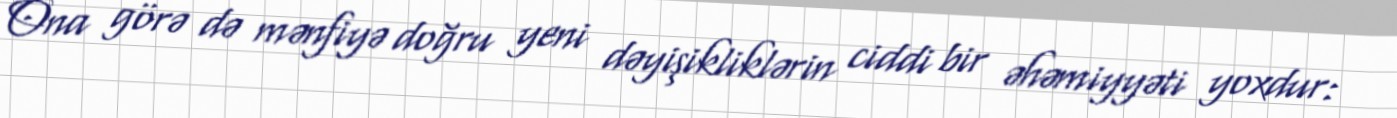
Ona görə də mənfiyə doğru yeni dəyişikliklərin ciddi bir əhəmiyyəti yoxdur: